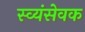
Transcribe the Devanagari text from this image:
स्व्यंसेवक